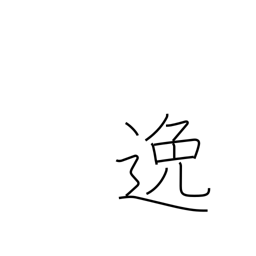
Meaning: elude